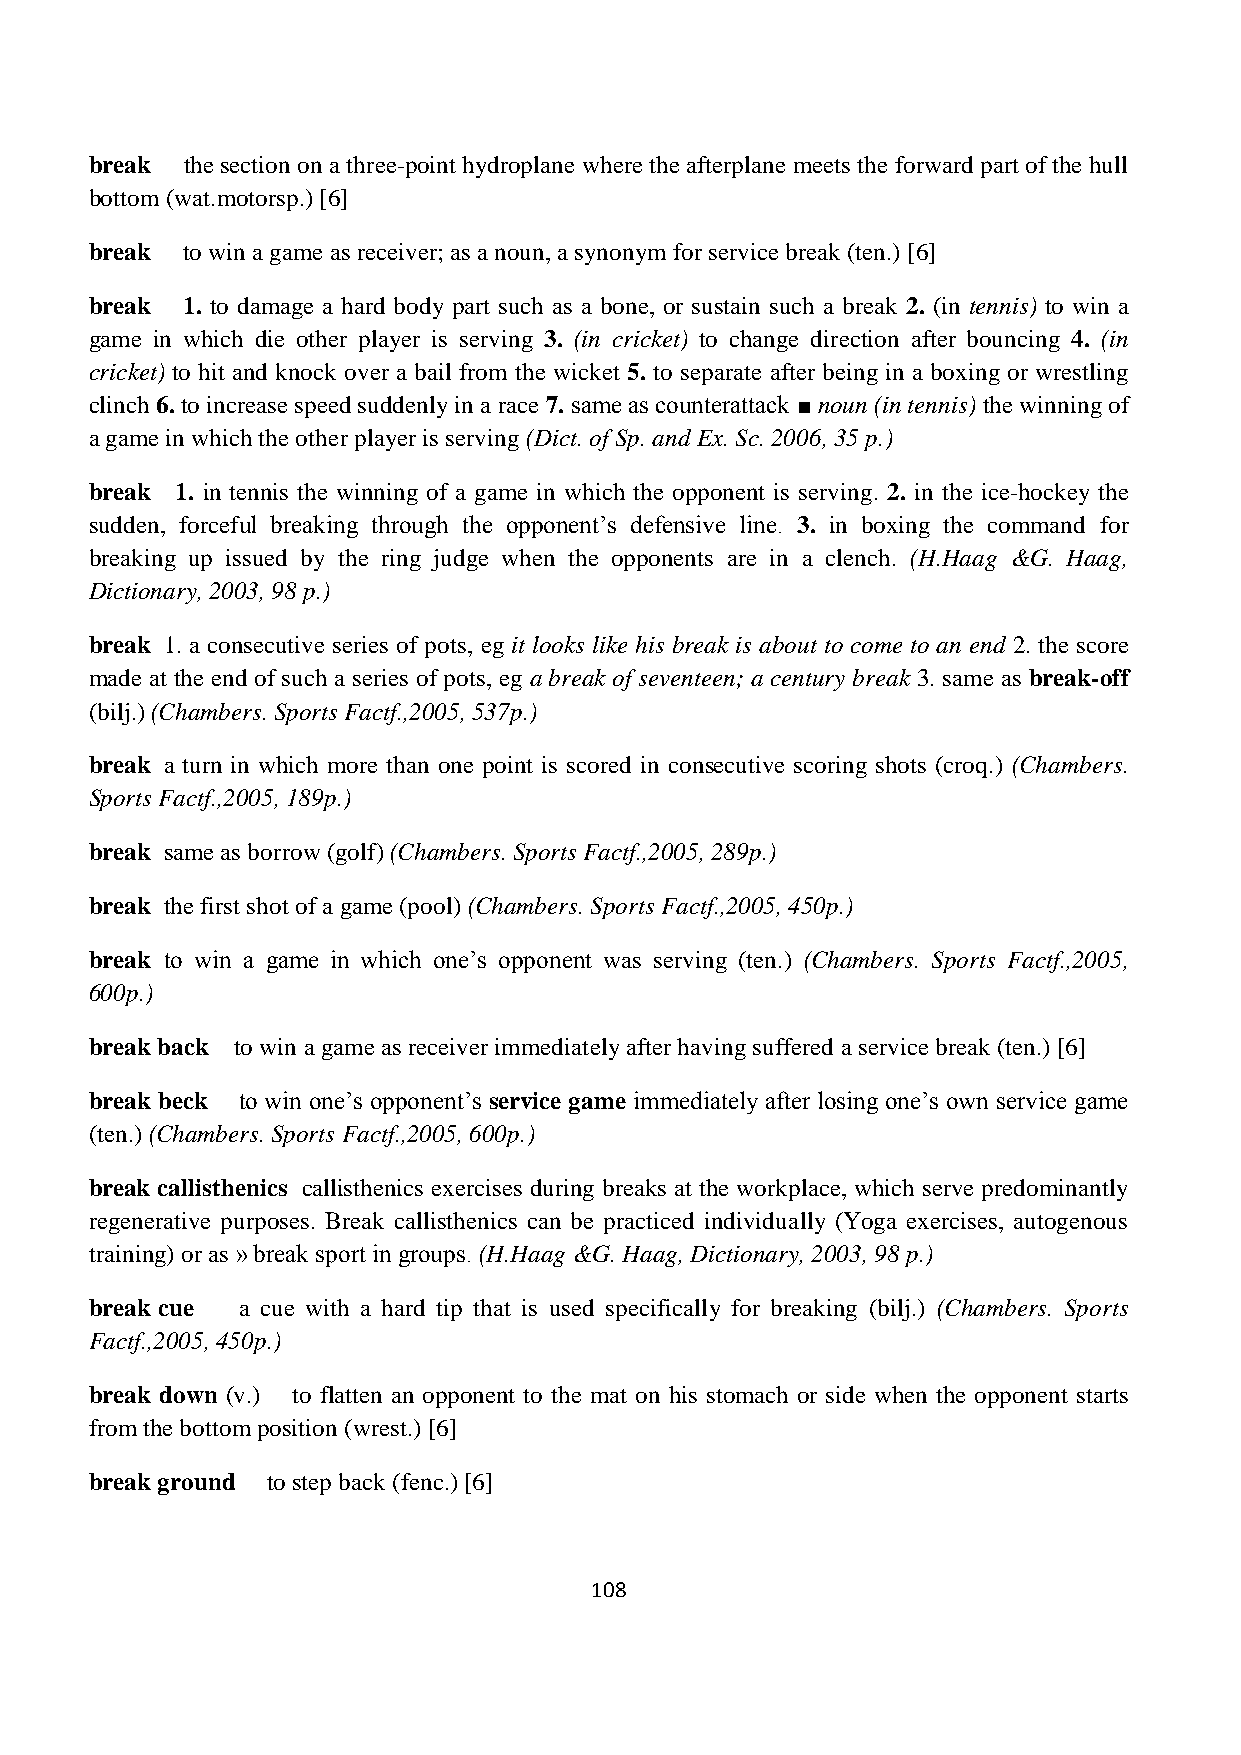
break the section on a three-point hydroplane where the afterplane meets the forward part of the hull
 bottom (wat.motorsp.) [6]
 break to win a game as receiver; as a noun, a synonym for service break (ten.) [6]
 break 1. to damage a hard body part such as a bone, or sustain such a break 2. (in tennis) to win a
 game in which die other player is serving 3. (in cricket) to change direction after bouncing 4. (in
 cricket) to hit and knock over a bail from the wicket 5. to separate after being in a boxing or wrestling
 clinch 6. to increase speed suddenly in a race 7. same as counterattack ■ noun (in tennis) the winning of
 a game in which the other player is serving (Dict. of Sp. and Ex. Sc. 2006, 35 p.)
 break 1. in tennis the winning of a game in which the opponent is serving. 2. in the ice-hockey the
 sudden, forceful breaking through the opponent’s defensive line. 3. in boxing the command for
 breaking up issued by the ring judge when the opponents are in a clench. (H.Haag &G. Haag,
 Dictionary, 2003, 98 p.)
 break 1. a consecutive series of pots, eg it looks like his break is about to come to an end 2. the score
 made at the end of such a series of pots, eg a break of seventeen; a century break 3. same as break-off
 (bilj.) (Chambers. Sports Factf.,2005, 537p.)
 break a turn in which more than one point is scored in consecutive scoring shots (croq.) (Chambers.
 Sports Factf.,2005, 189p.)
 break same as borrow (golf) (Chambers. Sports Factf.,2005, 289p.)
 break the first shot of a game (pool) (Chambers. Sports Factf.,2005, 450p.)
 break to win a game in which one’s opponent was serving (ten.) (Chambers. Sports Factf.,2005,
 600p.)
 break back to win a game as receiver immediately after having suffered a service break (ten.) [6]
 break beck to win one’s opponent’s service game immediately after losing one’s own service game
 (ten.) (Chambers. Sports Factf.,2005, 600p.)
 break callisthenics callisthenics exercises during breaks at the workplace, which serve predominantly
 regenerative purposes. Break callisthenics can be practiced individually (Yoga exercises, autogenous
 training) or as » break sport in groups. (H.Haag &G. Haag, Dictionary, 2003, 98 p.)
 break cue a cue with a hard tip that is used specifically for breaking (bilj.) (Chambers. Sports
 Factf.,2005, 450p.)
 break down (v.) to flatten an opponent to the mat on his stomach or side when the opponent starts
 from the bottom position (wrest.) [6]
 break ground to step back (fenc.) [6]
 108